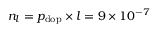
n _ { l } = p _ { \mathrm { d o p } } \times l = 9 \times 1 0 ^ { - 7 }